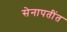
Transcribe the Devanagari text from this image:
सेनापतींत